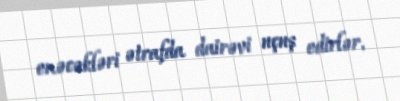
enəcəkləri ətrafda dairəvi uçuş edirlər.